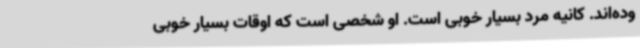
وده‌اند. کانیه مرد بسیار خوبی است. او شخصی است که اوقات بسیار خوبی